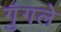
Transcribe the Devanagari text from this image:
गुंगले